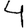
Digit: 4